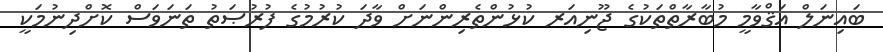
ބައިނަލް އަޤްވާމީ މުބާރާތްތަކުގެ ޖޫނިއަރ ކުޅުންތެރިންނަށް ވާދަ ކުރުމުގެ ފުރުޞަތު ތަނަވަސް ކޮށްދިނުމަކީ